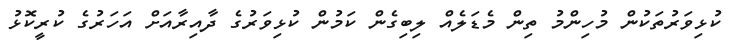
ކުޅިވަރުތަކުން މުހިންމު ތިން މެޑަލެއް ލިބިގެން ކަމުން ކުޅިވަރުގެ ދާއިރާއަށް އަހަރުގެ ކުރީކޮޅު